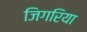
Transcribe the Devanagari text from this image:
जिगरिया